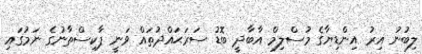
ލިބުނު އިރު އިންޑިޔާގެ މުސްލިމް އާބާދީ ބޮޑު ސަރަޙައްދުތައް ވަނީ ޕާކިސްތާނުގެ ނަމުގައި